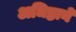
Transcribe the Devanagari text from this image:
अधिष्ठाने